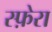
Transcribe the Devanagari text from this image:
स्फ़ेरा